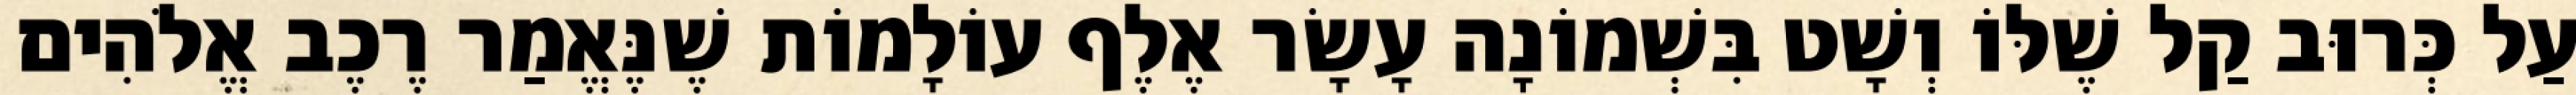
עַל כְּרוּב קַל שֶׁלּוֹ וְשָׁט בִּשְׁמוֹנָה עָשָׂר אֶלֶף עוֹלָמוֹת שֶׁנֶּאֱמַר רֶכֶב אֱלֹהִים